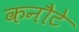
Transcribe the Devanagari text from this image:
कनौटे